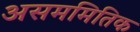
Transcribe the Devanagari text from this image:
असममितिक